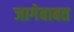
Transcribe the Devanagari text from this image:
जागेबाबत